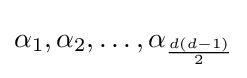
\alpha _{1},\alpha _{2},\dots ,\alpha _{\frac {d(d-1)}{2}}